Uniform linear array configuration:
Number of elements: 8
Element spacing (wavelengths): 0.25
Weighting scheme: binomial
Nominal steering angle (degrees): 60
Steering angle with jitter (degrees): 60.756
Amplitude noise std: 0.05
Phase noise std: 0.05

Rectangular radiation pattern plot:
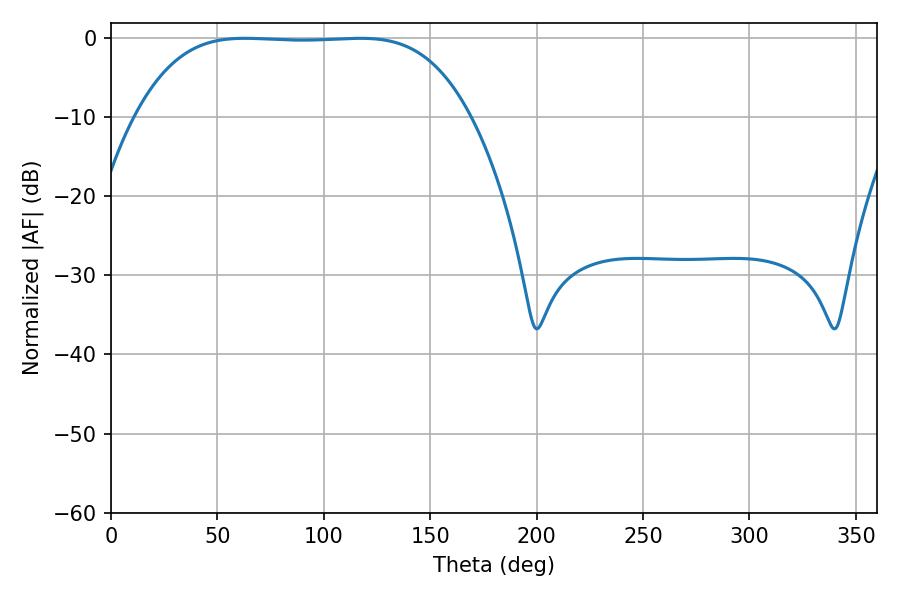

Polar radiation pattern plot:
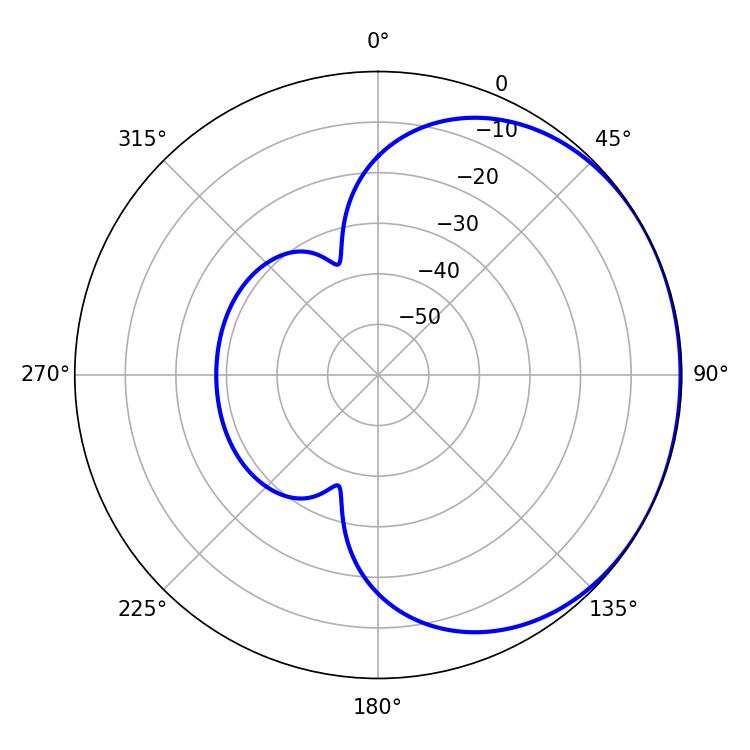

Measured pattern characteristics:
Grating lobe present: FALSE
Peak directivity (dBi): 0.7926
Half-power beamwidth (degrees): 120.6
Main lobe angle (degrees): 63